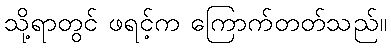
သို့ရာတွင် ဖရင့်က ကြောက်တတ်သည်။